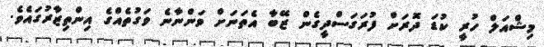
މިޝްއަލް ހުރީ ކުޑަ ދޮރަށް ފުރަގަސްދީގެން ޒޭބާ އެތަނަށް ވަންނާނެ ވަގުތެއްގެ އިންތިޒާރުގައެވެ.